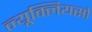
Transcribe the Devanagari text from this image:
न्यूक्लियसो